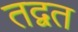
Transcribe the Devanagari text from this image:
तद्वत